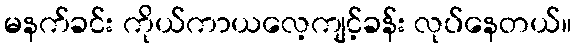
မနက်ခင်း ကိုယ်ကာယလေ့ကျင့်ခန်း လုပ်နေတယ်။